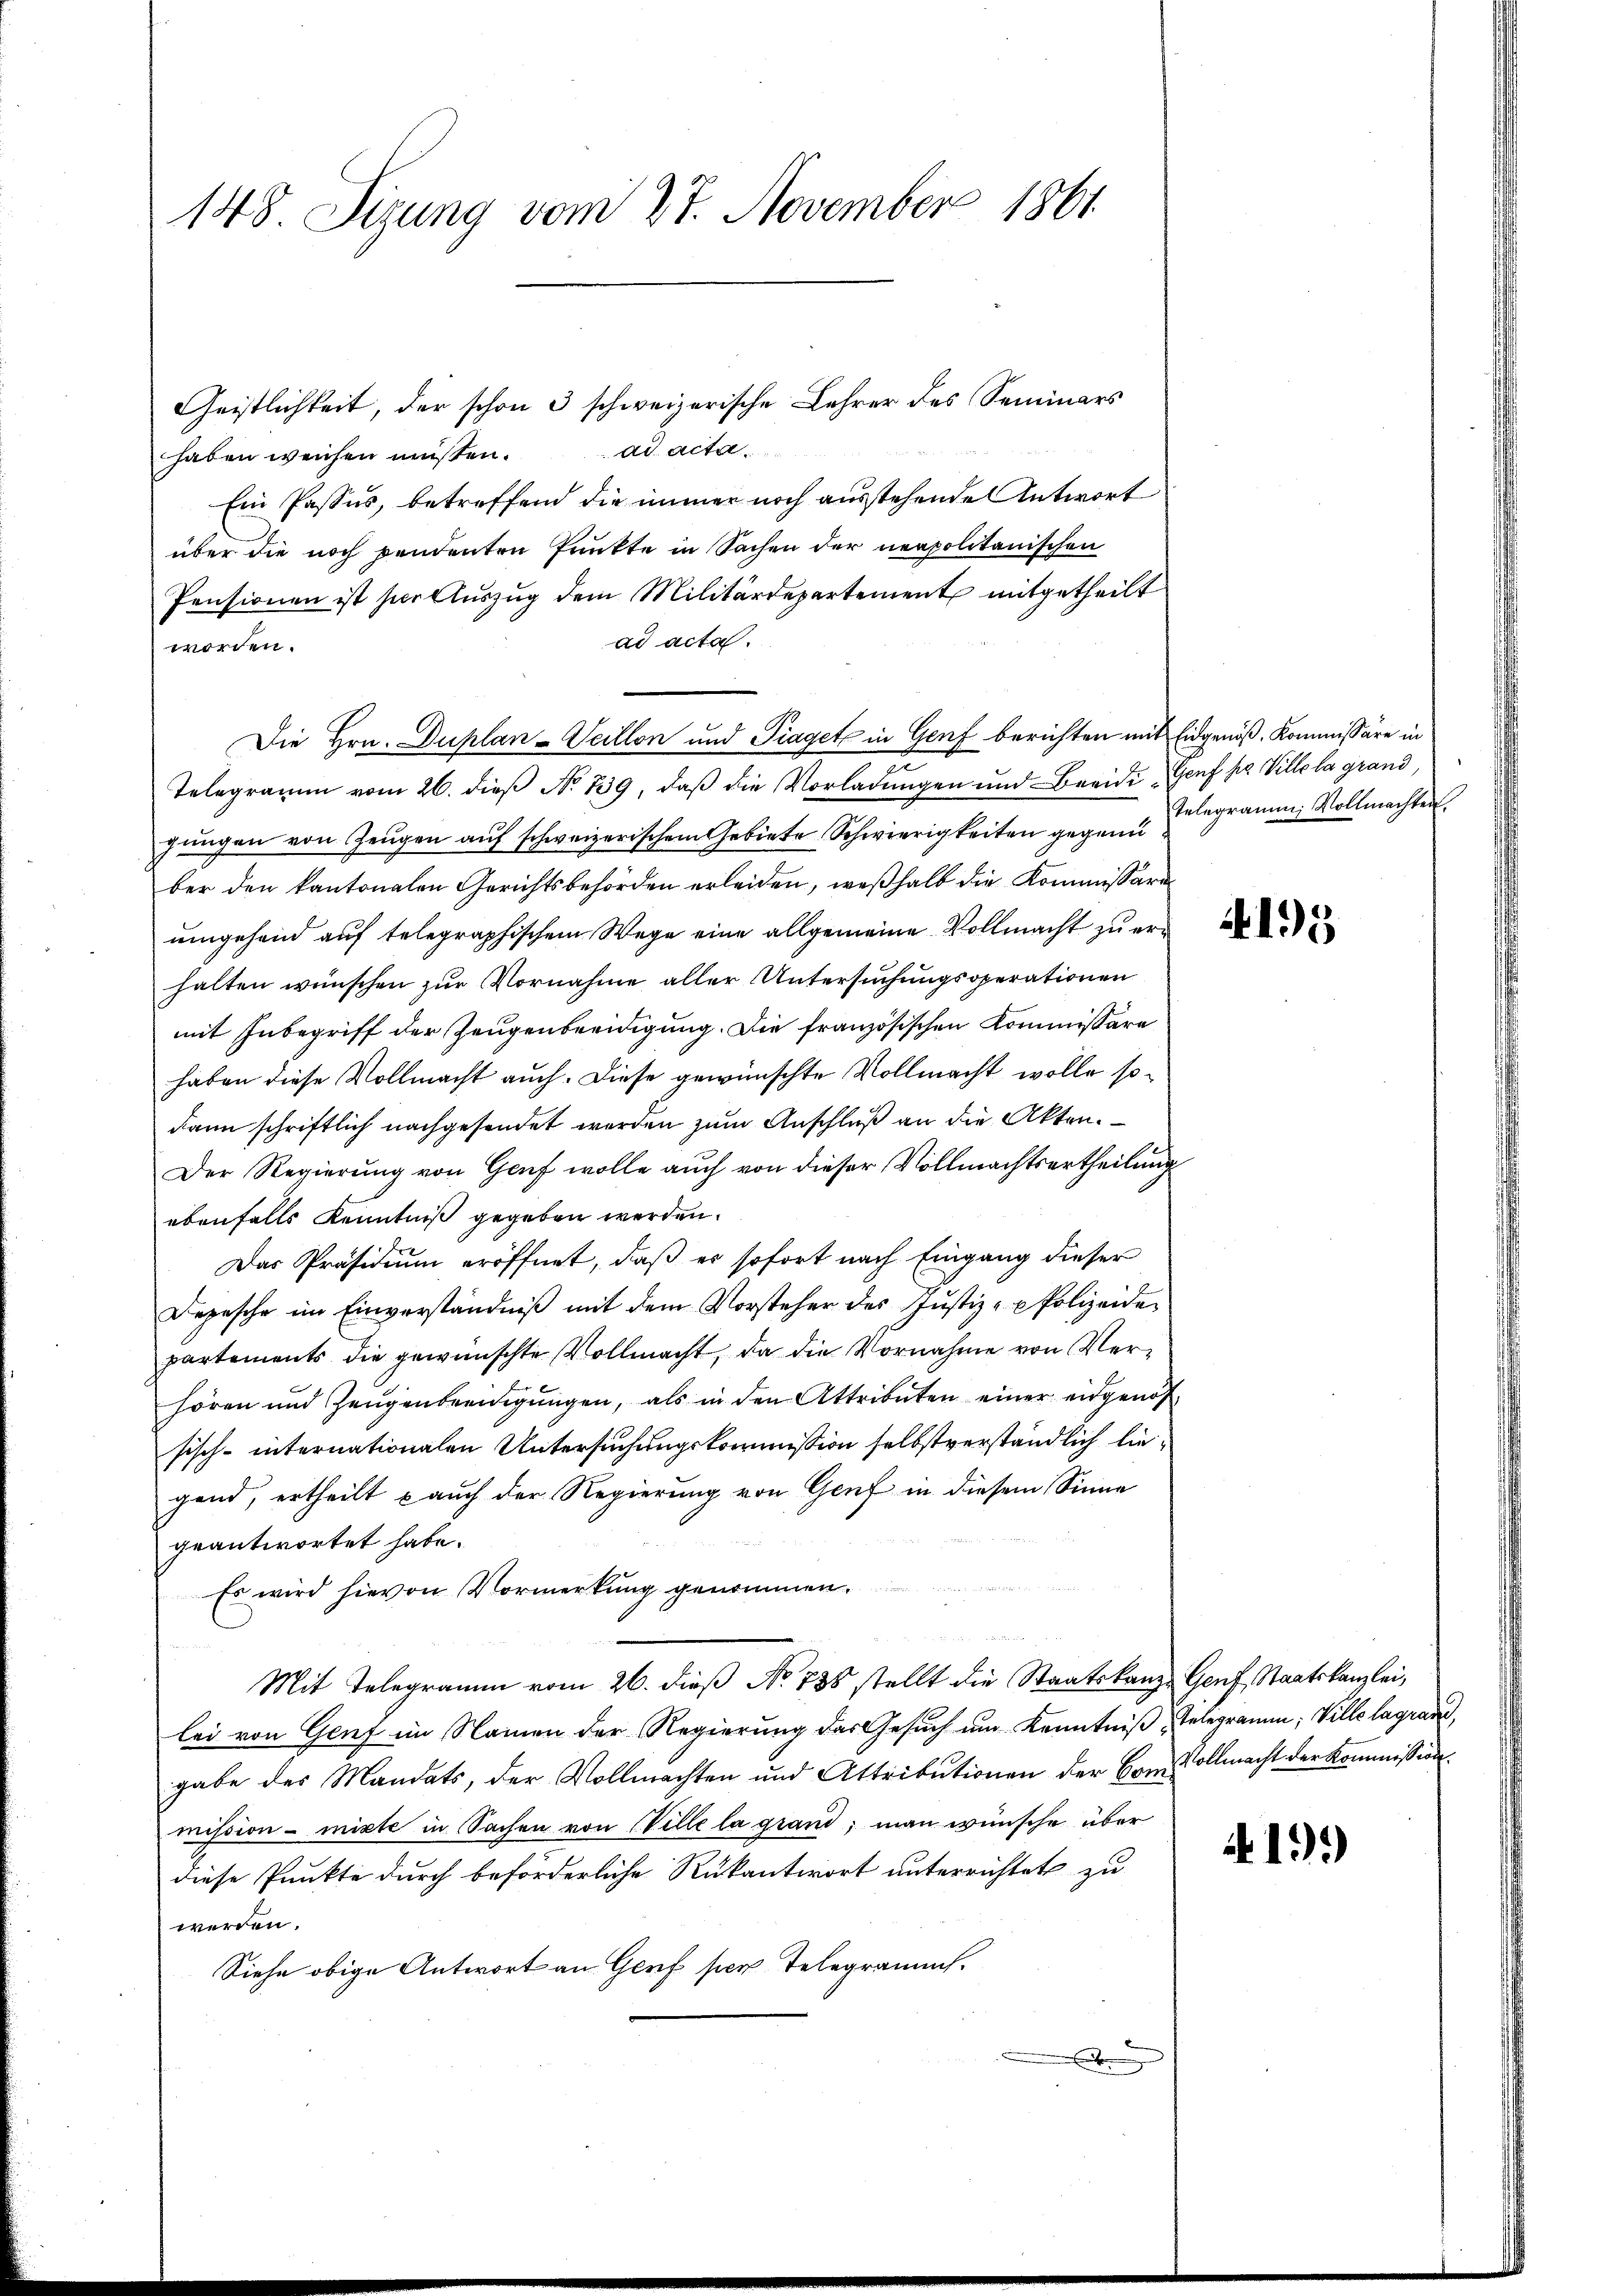
148. Sizung vom 27. November 1861

Geistlichkeit, der schon 3 schweizerische Lehrer des Seminars
ad acta
haben weichen müßten.
Ein Passus, betreffend die immer noch ausstehende Antwort
über die noch pendenten Punkte in Sachen der neapolitanischen
Pensionen ist für Aŭszŭg dem Militärdepartement mitgetheilt
ad acta.
worden.
Telegramm vom 26. dieβ No 139, daβ die Vorladŭngen und Beeidi Genf pa Ville la grand,
gŭngen von Zeŭgen aŭf schweizerischem Gebiete Schwierigkeiten gegen elegramm Vollmachten
ber den kantonalen Gerichtsbehörden erleiden, weßhalb die Kommissaran
umgehend auf telegraphischem Wege eine allgemeine Vollmacht zu erhalten wünschen zur Vornahme aller Untersuchungsoperationen
mit Inbegriff der Zeugenbeeidigung. Die französischen Kommissäre
haben diese Vollmacht auch. Diese gewünschte Vollmacht wolle sodann schriftlich nachgesendet worden zum Anschluß an die Akten.
Der Regierung von Genf wolle auch von dieser Vollmachtsertheilung
ebenfalls Kenntniß gegeben werden.
Das Präsidium eröffnet, daß er sofort nach Eingang dieser
Depesche im Einverständniβ mit dem Vorsteher des Justiz- & Polizeide
partements die gewünschte Vollmacht, da die Vornahme von Verhören und Zeugenbeendigŭngen, als in den Attributen einer eidgenos
sisch-internationalen Untersuchungskommission selbstverständlich liegend, ertheilt auch der Regierung von Genf in diesem Sinne
geantwortet habe.
u
Es wird hievon Vormerkung genommen.
Mit Telegramm vom 26. dieß No 738 stellt die Staatskanze Genf, Staatskanzlei,
lei von Genf im Namen der Regierung das Gesuch um Kenntniβ, Telegramm, Ville lagran
gabe des Mandats, der Vollmachten und Attributionen der Convollmacht der Kommission
mission - mixte in Sachen von Ville la grand, man wünsche über
diese Punkte durch beförderliche Rükantwort unterrichtet zu
werden.
Siehe obige Antwort an Genf per Telegramms.
.

Die Hrn. Duplan -Veillon und Piaget in Genf berichten mit Eidgenöß, Kommissäre in

4195

41.)